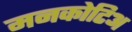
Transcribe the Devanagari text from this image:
मनकोटिअ